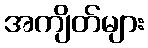
အကျိတ်များ